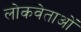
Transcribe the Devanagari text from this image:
लोकवेताओं